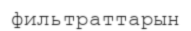
фильтраттарын